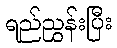
ရည်ညွှန်းပြီး